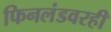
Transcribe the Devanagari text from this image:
फिनलंडवरही